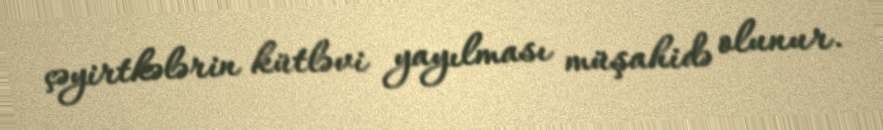
çəyirtkələrin kütləvi yayılması müşahidə olunur.